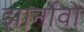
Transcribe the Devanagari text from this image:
झार्नोवो